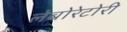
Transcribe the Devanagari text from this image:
लेबोरेटोरी